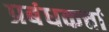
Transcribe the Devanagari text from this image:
प्रबंधकर्त्ता